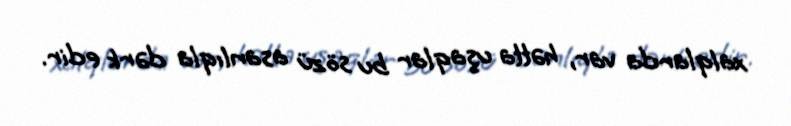
xalqlarda var, hətta uşaqlar bu sözü asanlıqla dərk edir.